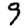
Digit: 9